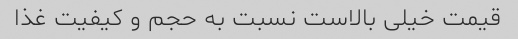
قیمت خیلی بالاست نسبت به حجم و کیفیت غذا